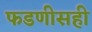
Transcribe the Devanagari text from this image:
फडणीसही